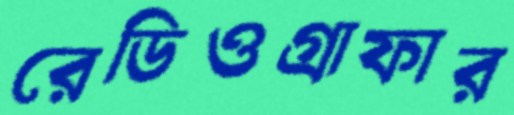
রেডিওগ্রাফার